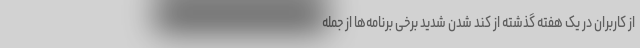
از کاربران در یک هفته گذشته از کند شدن شدید برخی برنامه‌ها از جمله